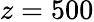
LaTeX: z=500